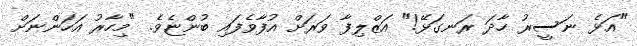
"އަޅެ ނަސީރު ހާދަ ރަނގަޅޭ!" އަޒްލިފާ ވަރަށް އުފާވެފައި ބުންޏެވެ. "މިހާރު އަހަންނަށް